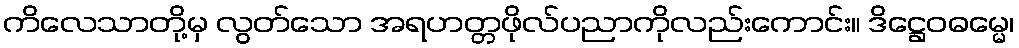
ကိလေသာတို့မှ လွတ်သော အရဟတ္တဖိုလ်ပညာကိုလည်းကောင်း။ ဒိဋ္ဌေဝဓမ္မေ၊